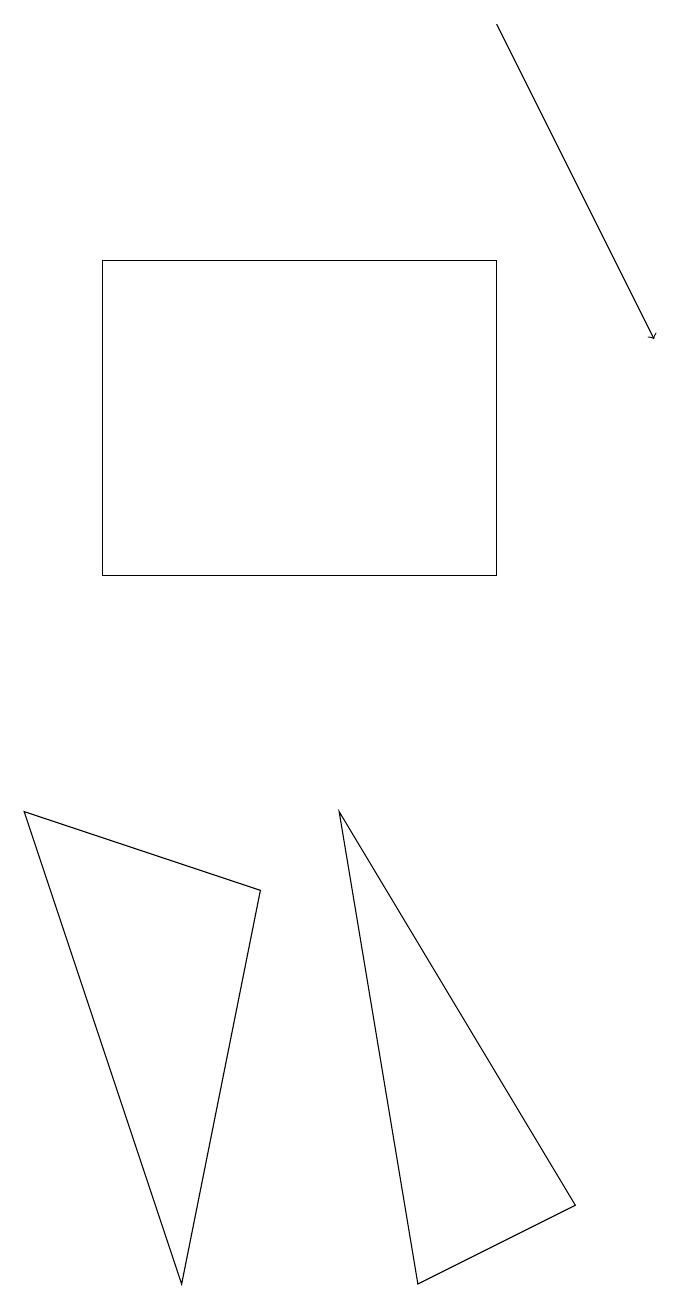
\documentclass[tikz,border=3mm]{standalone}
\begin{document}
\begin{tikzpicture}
\draw (6,15) rectangle (1,11);
\draw (5,2) -- (4,8) -- (7,3) -- cycle;
\draw[->] (6,18) -- (8,14);
\draw (3,7) -- (0,8) -- (2,2) -- cycle;
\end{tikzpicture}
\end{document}